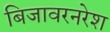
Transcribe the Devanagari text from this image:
बिजावरनरेश